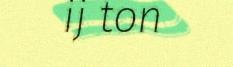
ij ton